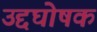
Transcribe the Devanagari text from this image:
उद्दघोषक